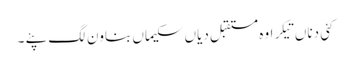
کئی دناں تیکر اوہ مستقبل دیاں سکیماں بناون لگ پئے ۔